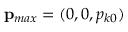
\mathbf { p } _ { m a x } = ( 0 , 0 , p _ { k 0 } )